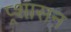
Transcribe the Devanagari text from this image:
प्र्शासन